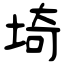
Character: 埼